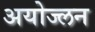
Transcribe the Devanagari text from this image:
अयोज्लन